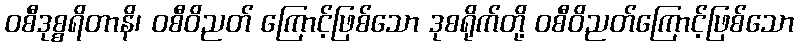
ဝစီဒုစ္စရိတာနိ၊ ဝစီဝိညတ် ကြောင့်ဖြစ်သော ဒုစရိုက်တို့ ဝစီဝိညတ်ကြောင့်ဖြစ်သော